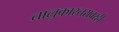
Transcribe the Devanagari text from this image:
तालुकास्तरावरही